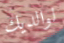
لوالديك